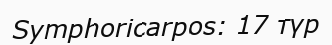
Symphoricarpos: 17 түр